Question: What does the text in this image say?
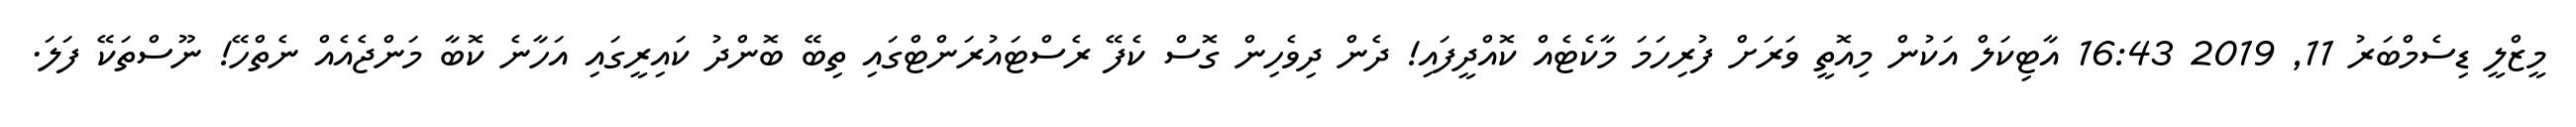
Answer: މީޒްލީ ޑިސެމްބަރު 11, 2019 16:43 އާޓިކަލް އަކުން މިއޮތީ ވަރަށް ފުރިހަމަ މާކެޓެއް ކޮއްދީފައި! ދެން ދިވެހިން ގޮސް ކެފޭ ރެސްޓައުރަންޓްގައި ތިބޭ ބޮންދު ކައިރީގައި އަހާނެ ކޮބާ މަންޖެއެއް ނެތްހޭ! ނޫސްތަކޭ ފަލަ.